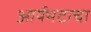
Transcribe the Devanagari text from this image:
आर्यभटाचा